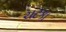
ચટકા